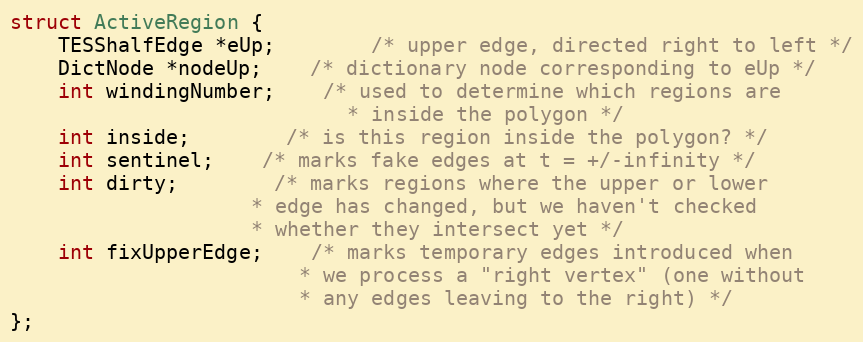
Language: C
struct ActiveRegion {
	TESShalfEdge *eUp;		/* upper edge, directed right to left */
	DictNode *nodeUp;	/* dictionary node corresponding to eUp */
	int windingNumber;	/* used to determine which regions are
							* inside the polygon */
	int inside;		/* is this region inside the polygon? */
	int sentinel;	/* marks fake edges at t = +/-infinity */
	int dirty;		/* marks regions where the upper or lower
					* edge has changed, but we haven't checked
					* whether they intersect yet */
	int fixUpperEdge;	/* marks temporary edges introduced when
						* we process a "right vertex" (one without
						* any edges leaving to the right) */
};